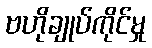
ဗဟိုချုပ်ကိုင်မှု